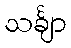
သင်္ချာ